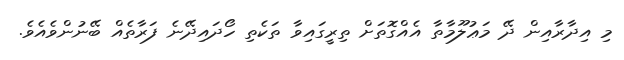
މި އިދާރާއިން ދޭ މަޢުލޫމާތާ އެއްގޮތަށް ތިރީގައިވާ ތަކެތި ހޯދައިދޭނެ ފަރާތެއް ބޭނުންވެއެވެ.